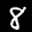
Label: 8